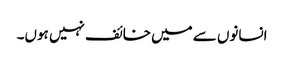
انسانوں سے میں خائف نہیں ہوں۔